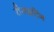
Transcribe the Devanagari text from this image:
रीराइटिंग